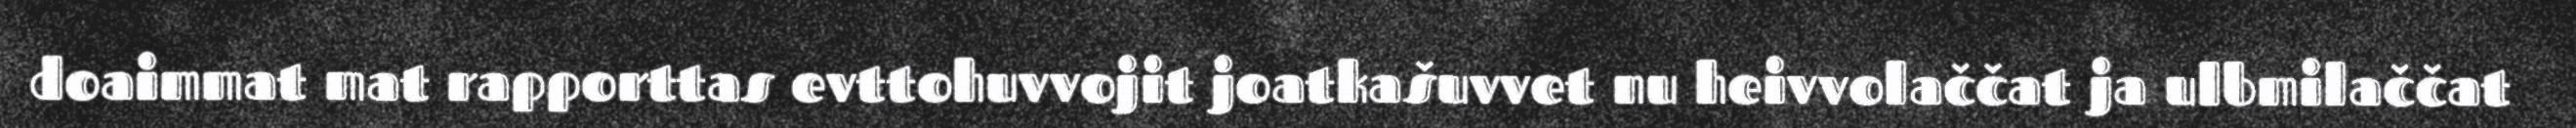
doaimmat mat rapporttas evttohuvvojit joatkašuvvet nu heivvolaččat ja ulbmilaččat